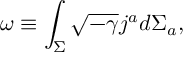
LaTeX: \omega \equiv \int _ { \Sigma } \sqrt { - \gamma } j ^ { a } d \Sigma _ { a } ,